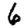
Digit: 6